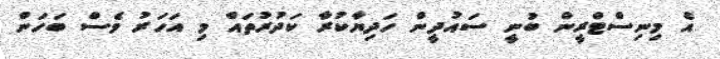
އެ މިނިސްޓްރީން ބުނީ ސައުދީން ހަދިޔާކުރާ ކަދުރުތައް މި އަހަރު ވެސް ބަހަން